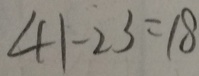
4 1 - 2 3 = 1 8